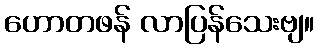
ဟောတဖန် လာပြန်သေးဗျ။